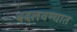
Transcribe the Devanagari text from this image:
बदलवण्यात